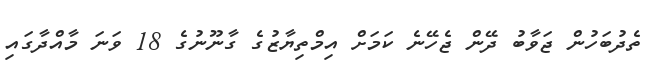
ތެދުބަހުން ޖަވާބު ދޭން ޖެހޭނެ ކަމަށް އިމްތިޔާޒުގެ ގާނޫނުގެ 18 ވަނަ މާއްދާގައި